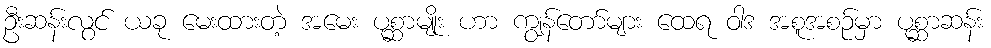
ဦးဆန်းလွင် ယခု မေးထားတဲ့ အမေး ပုစ္ဆာမျိုး ဟာ ကျွန်တော်များ ထေရ ဝါဒ အစူအစဉ်မှာ ပုစ္ဆာဆန်း